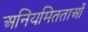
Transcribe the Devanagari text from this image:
अनियमितताओँ